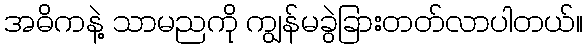
အဓိကနဲ့ သာမညကို ကျွန်မခွဲခြားတတ်လာပါတယ်။